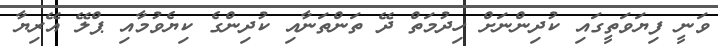
ވަނީ ފިޔަވަތީގައި ކުދިންނަށް ހިދުމަތް ދޭ ތަންތަނާއި ކުދިންގެ ކިޔެވުމާއި ޕްލޭ އޭރިޔާ